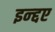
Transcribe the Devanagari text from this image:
इन्द्दए